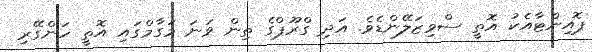
ޕޮއިންޓާއެކު އޮތީ ސްވިޒަލޭންޑެވެ. އަދި ގްރޫޕްގެ ތިން ވަނަ މަގާމްގައި އޮތީ ހަންގޭރި